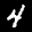
Label: 4